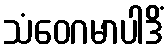
သံဝေဂမာပါဒိံ